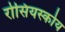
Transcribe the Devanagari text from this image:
रोसियस्कोय